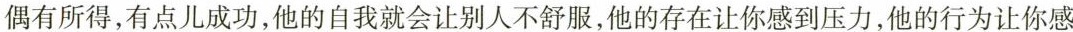
偶有所得，有点儿成功，他的自我就会让别人不舒服，他的存在让你感到压力，他的行为让你感